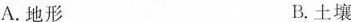
A.地形 B.土壤